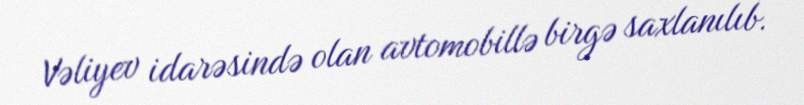
Vəliyev idarəsində olan avtomobillə birgə saxlanılıb.